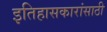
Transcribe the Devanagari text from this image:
इतिहासकारांसाठी